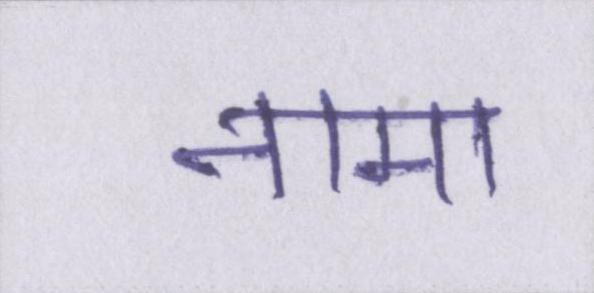
नामा